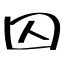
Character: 囚